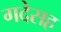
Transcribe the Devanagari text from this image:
गदेसह